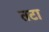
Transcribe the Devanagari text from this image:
तटा